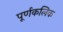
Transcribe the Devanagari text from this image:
पूर्णकलिक